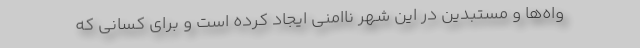
واه‌ها و مستبدین در این شهر ناامنی ایجاد کرده است و برای کسانی که